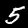
Digit: 5